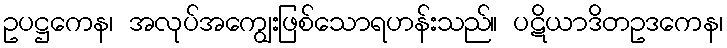
ဥပဋ္ဌကေန၊ အလုပ်အကျွေးဖြစ်သောရဟန်းသည်။ ပဋိယာဒိတဥဒကေန၊